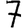
Digit: 7